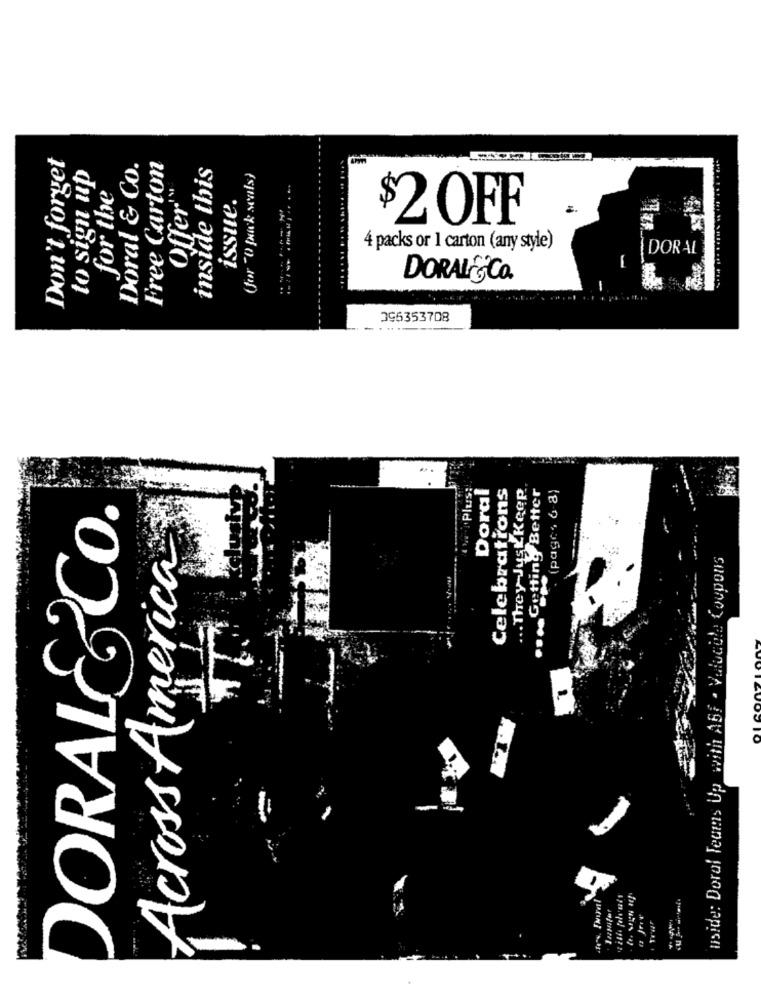
Don't forget
to sign up
Doral & Co.
Free Carton
inside this
(for "0 pack seals)
for the
Offer'"
issue.
$2 OFF
4 packs or 1 carton (any style)
DORAL
DORALÍ¡CO.
096353708
.Plus:
Doral
Celebrations
... They JustKeep
... Getting Better
(pages 6-8)
DORAL&CO.
Across America
uside: Doral Teams Up with Abf . Valucole Coupons